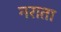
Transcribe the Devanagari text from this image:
नराता